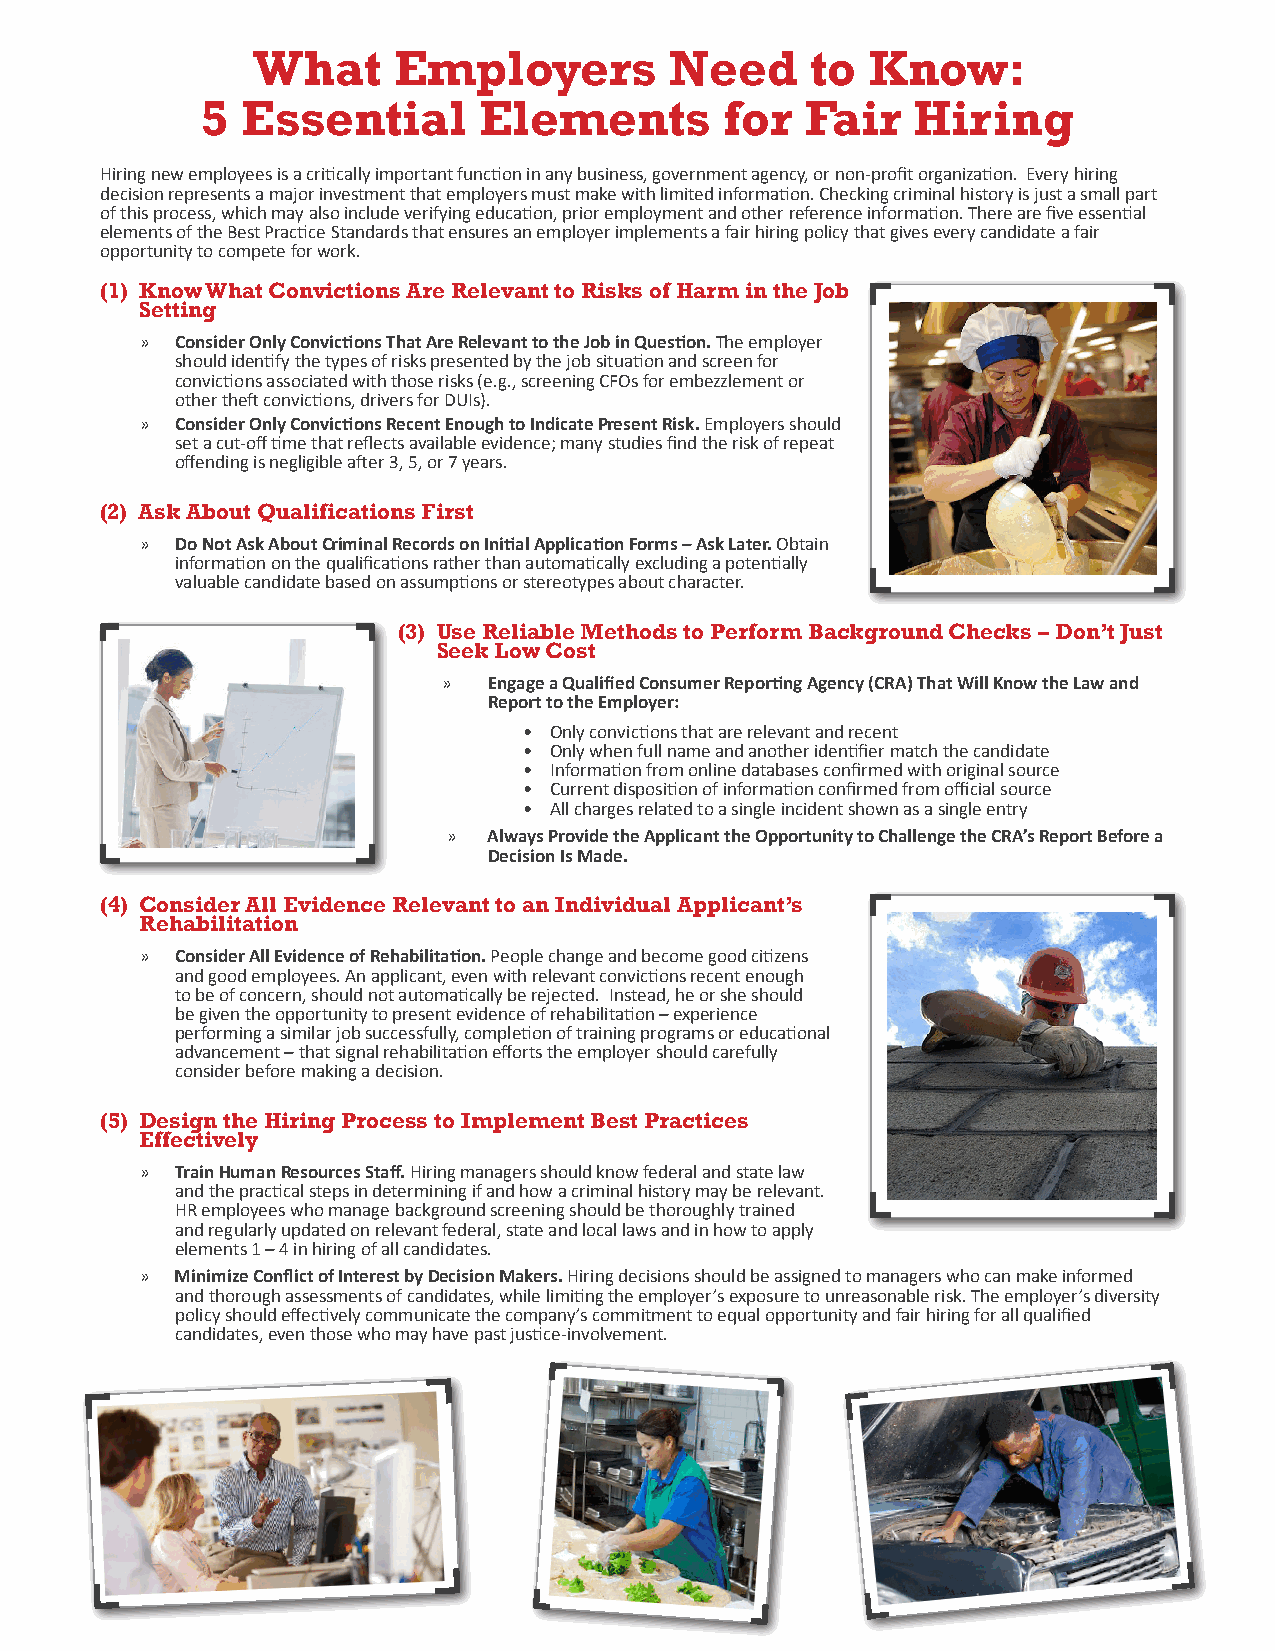
What     Employers         Need      to  Know:
 5  Essential       Elements        for  Fair    Hiring
 Hiring new employees is a critically important function in any business, government agency, or non-profit organization. Every hiring
 decision represents a major investment that employers must make with limited information. Checking criminal history is just a small part
 of this process, which may also include verifying education, prior employment and other reference information. There are five essential
 elements of the Best Practice Standards that ensures an employer implements a fair hiring policy that gives every candidate a fair
 opportunity to compete for work.
 (1) Know What Convictions Are Relevant to Risks of Harm in the Job
 Setting
 »  ConsiderOnlyConvictionsThatAreRelevanttotheJobinQuestion.The employer
 should identify the types of risks presented by the job situation and screen for
 convictions associated with those risks (e.g., screening CFOs for embezzlement or
 other theft convictions, drivers for DUIs).
 »  ConsiderOnlyConvictionsRecentEnoughtoIndicatePresentRisk.Employers should
 set a cut-off time that reflects available evidence; many studies find the risk of repeat
 offending is negligible after 3, 5, or 7 years.
 (2) Ask About Qualifications First
 »  DoNotAskAboutCriminalRecordsonInitialApplicationForms–AskLater.Obtain
 information on the qualifications rather than automatically excluding a potentially
 valuable candidate based on assumptions or stereotypes about character.
 (3) Use Reliable Methods to Perform Background Checks – Don’t Just
 Seek Low Cost
 » EngageaQualifiedConsumerReportingAgency(CRA)ThatWillKnowtheLawand
 ReporttotheEmployer:
 • Only convictions that are relevant and recent
 • Only when full name and another identifier match the candidate
 • Information from online databases confirmed with original source
 • Current disposition of information confirmed from official source
 • All charges related to a single incident shown as a single entry
 » AlwaysProvidetheApplicanttheOpportunitytoChallengetheCRA’sReportBeforea
 DecisionIsMade.
 (4) Consider All Evidence Relevant to an Individual Applicant’s
 Rehabilitation
 »  ConsiderAllEvidenceofRehabilitation. People change and become good citizens
 and good employees. An applicant, even with relevant convictions recent enough
 to be of concern, should not automatically be rejected. Instead, he or she should
 be given the opportunity to present evidence of rehabilitation – experience
 performing a similar job successfully, completion of training programs or educational
 advancement – that signal rehabilitation efforts the employer should carefully
 consider before making a decision.
 (5) Design the Hiring Process to Implement Best Practices
 Effectively
 »  TrainHumanResourcesStaff.Hiring managers should know federal and state law
 and the practical steps in determining if and how a criminal history may be relevant.
 HR employees who manage background screening should be thoroughly trained
 and regularly updated on relevant federal, state and local laws and in how to apply
 elements 1 – 4 in hiring of all candidates.
 »  MinimizeConflictofInterestbyDecisionMakers.Hiring decisions should be assigned to managers who can make informed
 and thorough assessments of candidates, while limiting the employer’s exposure to unreasonable risk. The employer’s diversity
 policy should effectively communicate the company’s commitment to equal opportunity and fair hiring for all qualified
 candidates, even those who may have past justice-involvement.